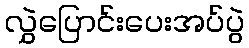
လွှဲပြောင်းပေးအပ်ပွဲ